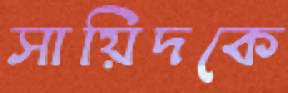
সায়িদকে